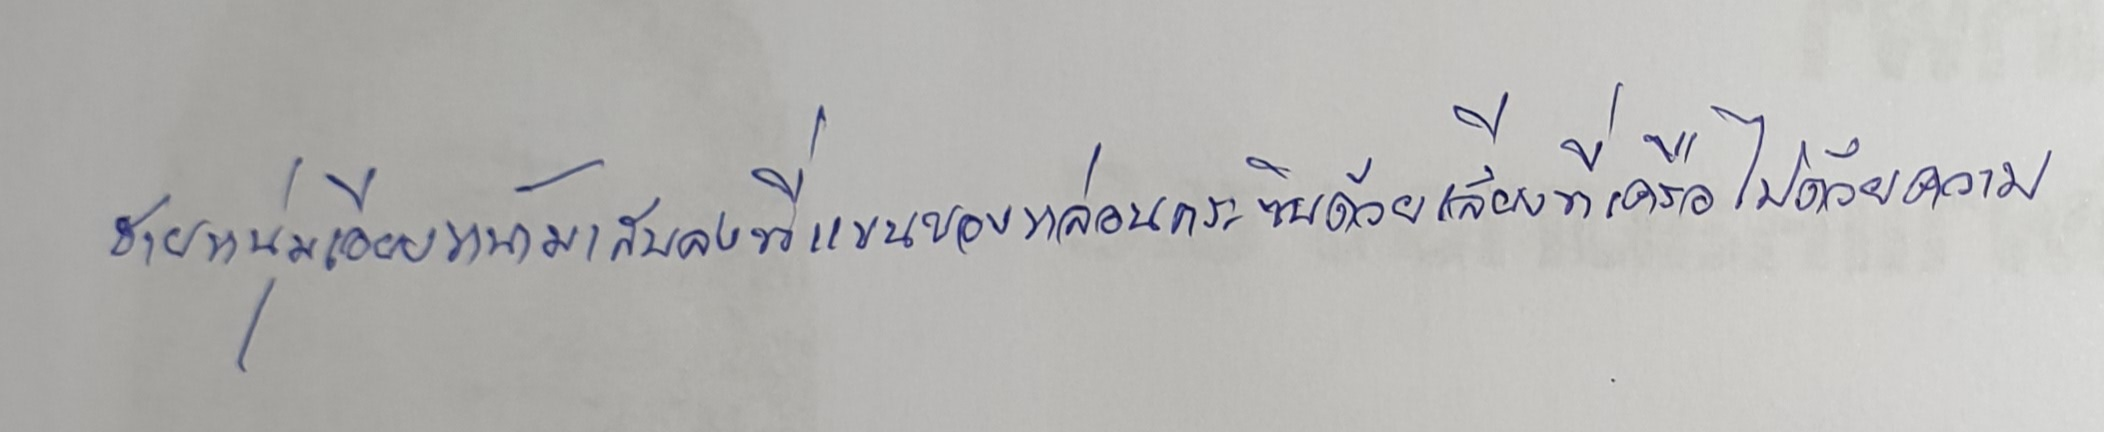
ชายหนุ่มเอียงหน้ามาสบลงที่แขนของหล่อนกระซิบด้วยเสียงที่เครือไปด้วยความ